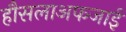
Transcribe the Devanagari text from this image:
हौसलाअफजाई